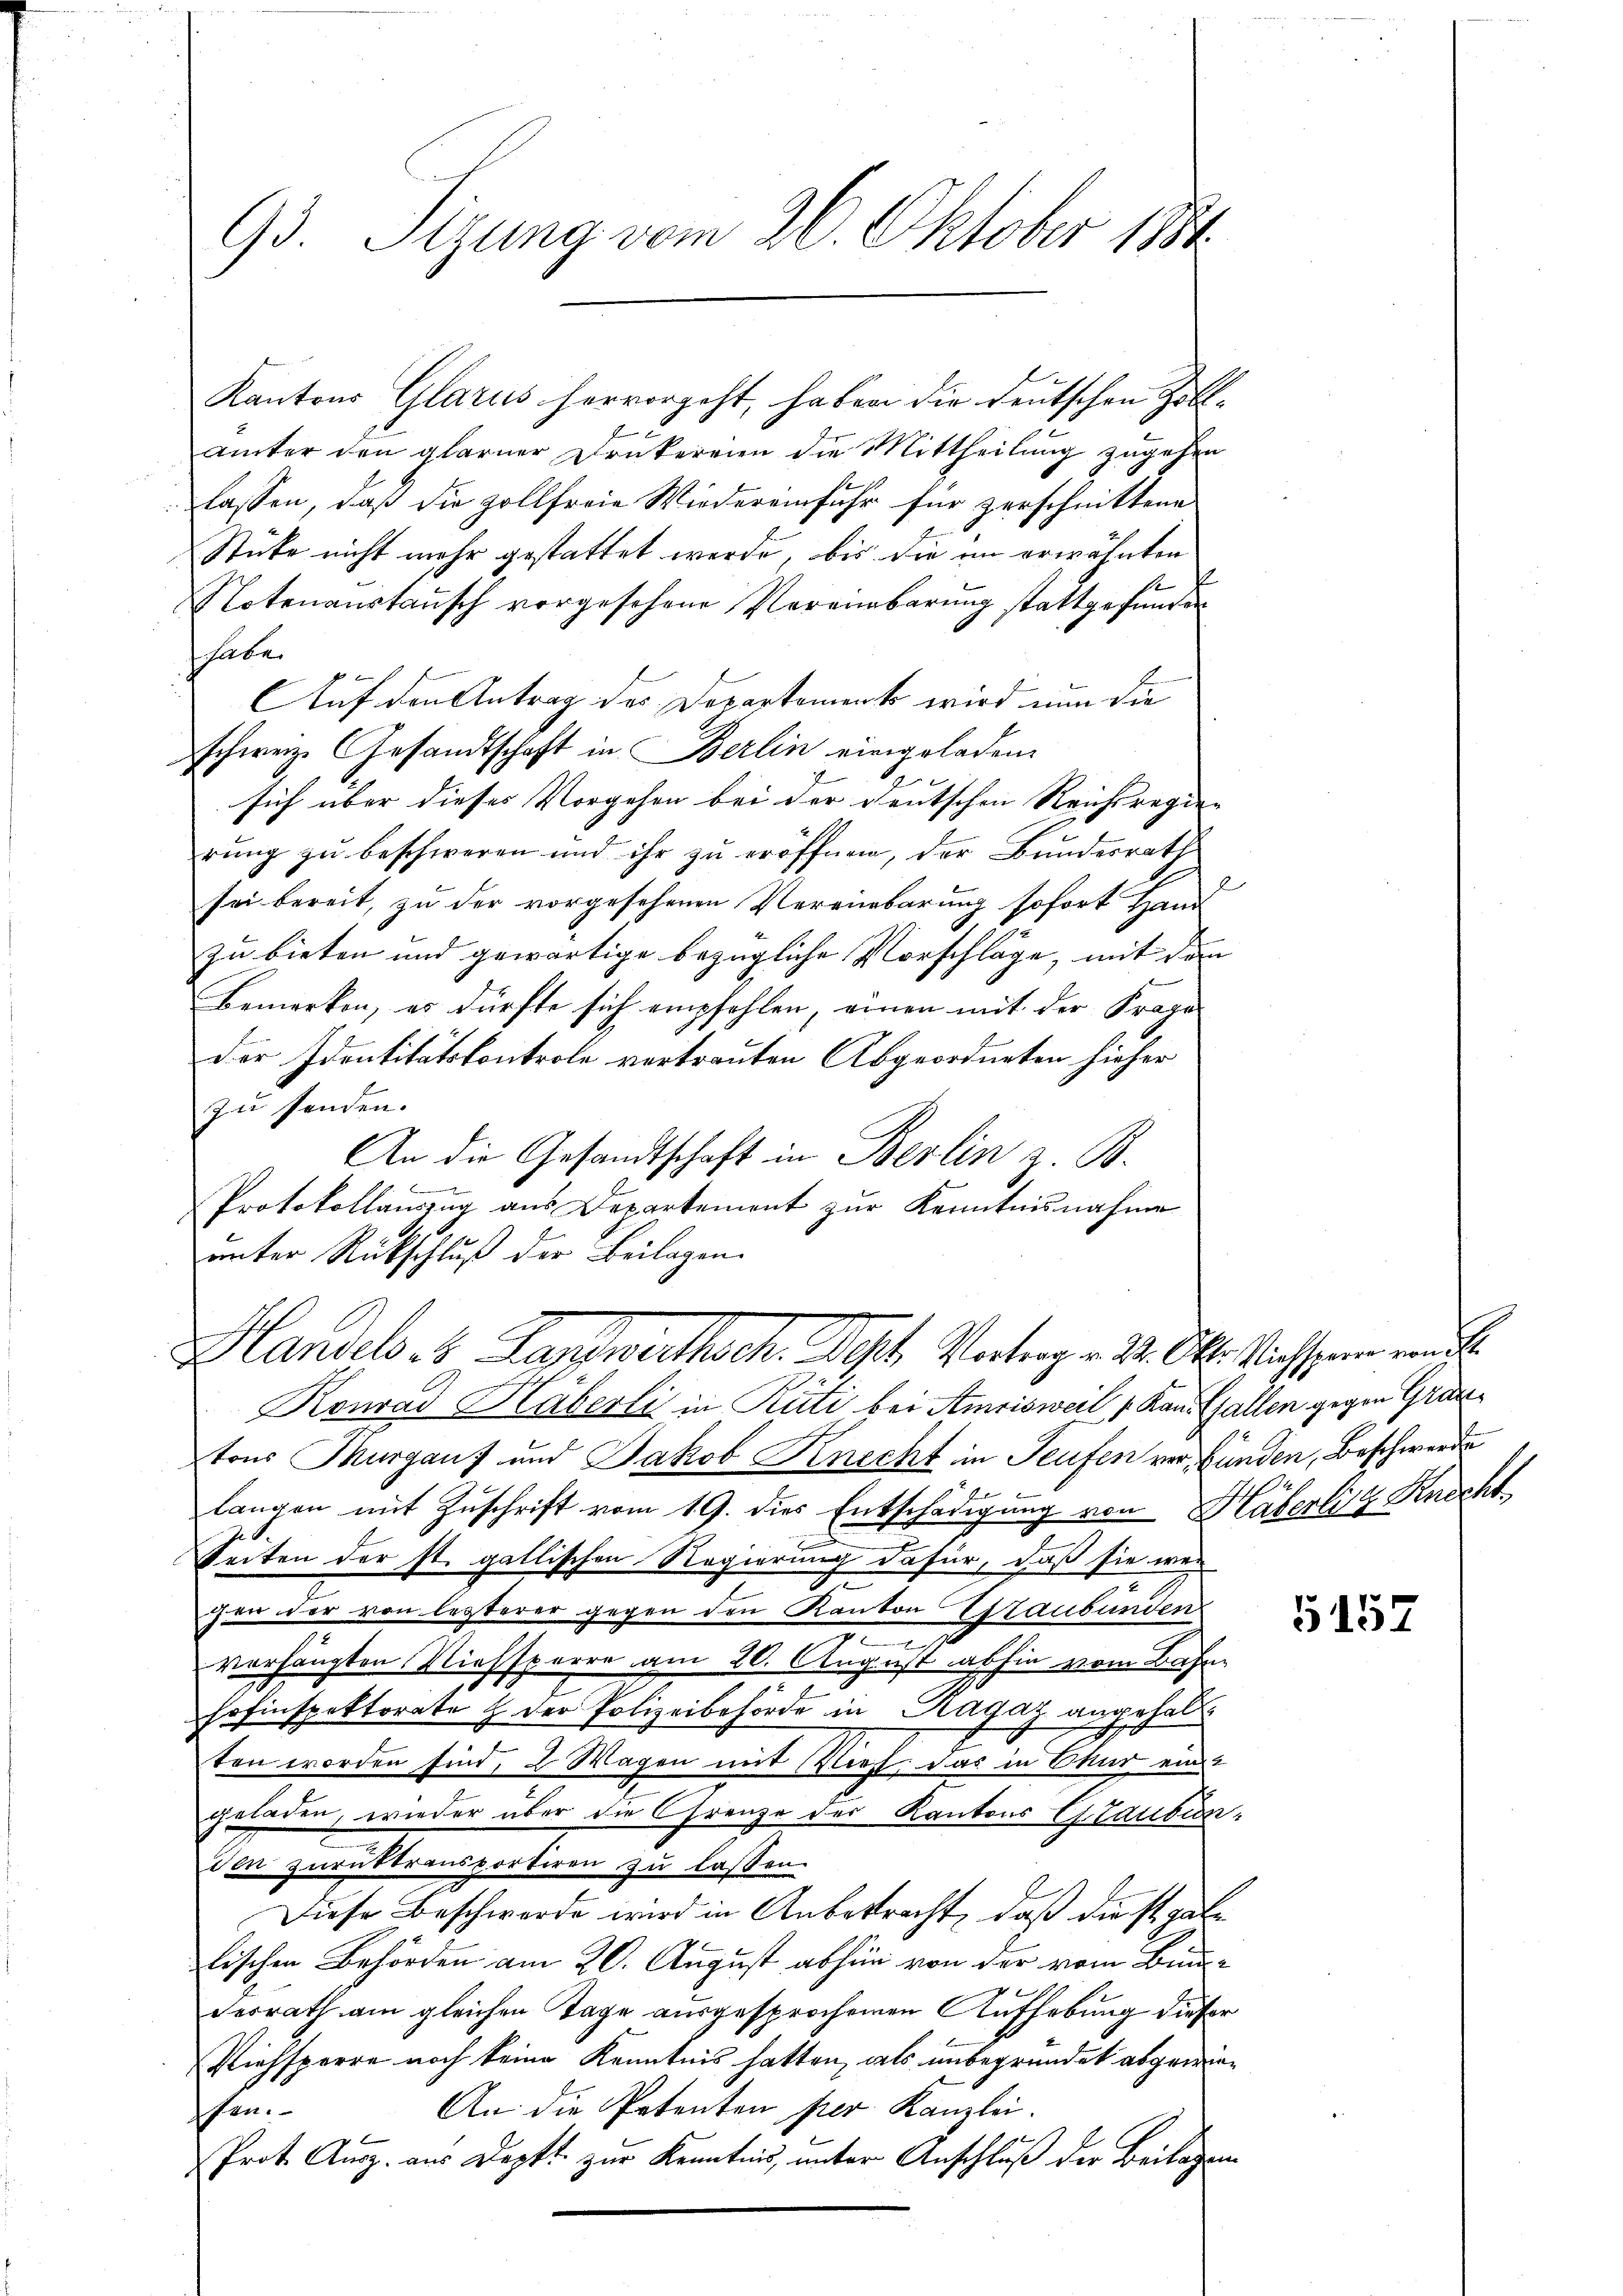
93. Sizung vom 26. Oktober 1884.

Kantons Glarus hervorgeht, haben die deutschen Zollämter den Glarner Drukereien die Mittheilung zugehen
Classen, daß die zollfreie Wiedereinfuhr für zerschnittene
Stücke nicht mehr gestattet werde, bis die an erwähnten
Notenanstausch vorgesehene Vereinbarung stattgefunden
habe.
Auf den Antrag des Departement wird nun die
schweiz. Gesandtschaft in Berlin eingeladen.
sich über dieses Vorgehen bei der deutschen Reichsregien
rung zu beschweren und ihr zu eröffnen, der Bundesrath
e
sei bereit, zu der vorgesehenen Vereinbarung sofort Hand
zu bieten und gewärtige bezügliche Vorschläge, mit dem
Bemerken, es dürfte sich empfehlen, einen mit der Frage
Der Identitätskontrole vertrauten Abgeordneten hieher
zu senden.
An die Gesandtschaft in Berlin z. B.
B
Protokollauszug aus Departement zur Kenntnisnahme
unter Rückschluß der Beilagen.
Handels. 8. Handwerthsch. Dest. Vertrag v. 2. Okt. Nachsen werde
Konrad Häberli in Rüti bei Amrisweil, 1 Kann Gallen gegen Gruntons Murgaus und Jakob Knecht in Teufen verbunden, Beschwerden

langen mit Zuschrift vom 19. dies Entschädigung von Häberlitz Knecht
at.
Seiten der st. gallischen Regierung dafür, daß sie wer
chen der von letzterer gegen den Kanton Staubünden
e
verhängten Niessperre am 20. August abhin vom Bahn
Hofinspektorate & der Polizeibehörde in Ragaz angehalten worden sind, 2 Wagen mit Klief, das in Chur eine
geladen, wieder über die Grenze der Kantons Glauben-
den zurüktransportiren zu lassen.
Diese Beschwerde wird in Anbetracht, daß diest gabe
lischen Behörden am 20. August abhin von der vom Bundesrath am gleichen Tage ausgesprochenen Aufhebung dieser
Viehsperre noch keine Kenntnis hatten, als unbegründet abgewie¬
An die Petenten per Kanzlei.
schen.
Prot. Ausz. aus Dopft zur Kenntnis, unter Anschluß der Beilagen

G157